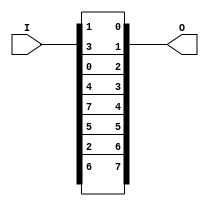
//Design of Digital Systems Mini Project
//S1 Team 18 - Small Scale DES Algorithm Hardware Implementation
/* Team Members:
	221CS112, Arjun Ravisankar
	221CS140, Prayag Ganesh Prabhu
	221CS154, Singaraju B V Sreedakshinya */

//DES Functions

module initial_permutation(I, O); //Initial Permutation
	input [0:7] I; //Input text (Plaintext to be encrypted / Ciphertext to be decrypted)
	output [0:7] O; //Initial permuted text
	
	assign O[0] = I[1];
	assign O[1] = I[5];
	assign O[2] = I[2];
	assign O[3] = I[0];
	assign O[4] = I[3];
	assign O[5] = I[7];
	assign O[6] = I[4];
	assign O[7] = I[6];
endmodule

module inverse_initial_permutation(I, O); //Reversal of the initial permutation (which was performed on the Plaintext to be encrypted / Ciphertext to be decrypted)
	input [0:7] I; //Outputs of 2nd L-R XOR and right half output of Swap function 
	output [0:7] O; //Encrypted Plaintext or Decrypted Ciphertext
	
	assign O[0] = I[3];
	assign O[1] = I[0];
	assign O[2] = I[2];
	assign O[3] = I[4];
	assign O[4] = I[6];
	assign O[5] = I[1];
	assign O[6] = I[7];
	assign O[7] = I[5];
endmodule

module transposition_P_box(I, O); //Transposition (permutation) of 4-bit data
	input [0:3] I; //4-bit intermediate input
	output [0:3] O; //4-bit output
	
	assign O[0] = I[1];
	assign O[1] = I[3];
	assign O[2] = I[2];
	assign O[3] = I[0];
endmodule

module four_bit_swap(I1, I2, O1, O2); //Module for swapping the left and right halves
	input [0:3] I1; //Input left half
	input [0:3] I2; //Input right half
	output [0:3] O1; //Output left half
	output [0:3] O2; //Output right half
	
	assign O1 = I2;
	assign O2 = I1;
endmodule

module four_bit_xor(I1, I2, O); //XOR operation of left half of result of Initial Permutation and result of P-box 
	input [0:3] I1; //Left half of result of Initial Permutation of 8-bit text of that round
	input [0:3] I2; //Right half of result of Initial Permutation of 8-bit text of that round
	output[0:3] O; //4-bit output

	assign O[0] = I1[0]^I2[0];
	assign O[1] = I1[1]^I2[1];
	assign O[2] = I1[2]^I2[2];
	assign O[3] = I1[3]^I2[3];
endmodule

//Key Manipulation Functions

module permutation_P10(I, O); //Initial Permutation of the 10-bit key entered
	input [0:9] I; //Given 10-bit key
	output [0:9] O; //10-bit result of key-permutation

	assign O[0] = I[2];
	assign O[1] = I[4];
	assign O[2] = I[1];
	assign O[3] = I[6];
	assign O[4] = I[3];
	assign O[5] = I[9];
	assign O[6] = I[0];
	assign O[7] = I[8];
	assign O[8] = I[7];
	assign O[9] = I[5];
endmodule

module permutation_P8(I, O); //Selecting 8 bits from 10-bit data and permuting the bits
	input [0:9] I; //10-bit intermediate data
	output [0:7] O; //8-bit intermediate output 
	
	assign O[0] = I[5];
	assign O[1] = I[2];
	assign O[2] = I[6];
	assign O[3] = I[3];
	assign O[4] = I[7];
	assign O[5] = I[4];
	assign O[6] = I[9];
	assign O[7] = I[8];
endmodule

module divide10(I, O1, O2); //Dividing 10 bit data into 2 halves
	input[0:9] I; //10-bit intermediate input
	output [0:4] O1; //5-bit left half
	output [0:4] O2; //5-bit right half
	
	assign O1[0] = I[0];
	assign O1[1] = I[1];
	assign O1[2] = I[2];
	assign O1[3] = I[3];
	assign O1[4] = I[4];
	assign O2[0] = I[5];
	assign O2[1] = I[6];
	assign O2[2] = I[7];
	assign O2[3] = I[8];
	assign O2[4] = I[9];
endmodule
	
module combine10(I1, I2, O); //Module for combining 2 5-bit intermediate inputs into 10-bit text 
	input[0:4] I1; //5-bit left intermediate input
	input [0:4] I2; //5-bit intermediate right input
	output [0:9] O; //10-bit intermediate output text
	
	assign O[0] = I1[0];
	assign O[1] = I1[1];
	assign O[2] = I1[2];
	assign O[3] = I1[3];
	assign O[4] = I1[4];
	assign O[5] = I2[0];
	assign O[6] = I2[1];
	assign O[7] = I2[2];
	assign O[8] = I2[3];
	assign O[9] = I2[4];
endmodule

module divide8(I, O1, O2); //Module for splitting 8 bit data into 2 halves of 4 bits each
	input[0:7] I; //8 bit input which is to be divided into left half and right half
	output [0:3] O1; //4 bit left half
	output [0:3] O2; // 4 bit right half
	
	assign O1[0] = I[0];
	assign O1[1] = I[1];
	assign O1[2] = I[2];
	assign O1[3] = I[3];
	assign O2[0] = I[4];
	assign O2[1] = I[5];
	assign O2[2] = I[6];
	assign O2[3] = I[7];
endmodule
	
module combine8(I1, I2, O);
	input[0:3] I1;
	input [0:3] I2;
	output [0:7] O;
	
	assign O[0] = I1[0];
	assign O[1] = I1[1];
	assign O[2] = I1[2];
	assign O[3] = I1[3];
	assign O[4] = I2[0];
	assign O[5] = I2[1];
	assign O[6] = I2[2];
	assign O[7] = I2[3];
endmodule

module combine4(I1, I2, O); //Combining two 2-bit intermediate inputs into 4-bit data
	input[0:1] I1; //2-bit left half
	input [0:1] I2; //2-bit right half
	output [0:3] O; //4-bit output
	
	assign O[0] = I1[0];
	assign O[1] = I1[1];
	assign O[2] = I2[0];
	assign O[3] = I2[1];
endmodule

module left_shift_1(I1, I2, O1, O2); //Module for 1-bit circular shift of each half
	input[0:4] I1; //4-bit input 1 (left half of previous step) 
	input [0:4] I2; //4-bit input 2 (right half of previous step)
	output [0:4] O1; //4-bit output 1 (left half)
	output [0:4] O2; //4-bit output 2 (right half)
	
	assign O1[0] = I1[1]; 
	assign O1[1] = I1[2];
	assign O1[2] = I1[3];
	assign O1[3] = I1[4];
	assign O1[4] = I1[0];
	assign O2[0] = I2[1];
	assign O2[1] = I2[2];
	assign O2[2] = I2[3];
	assign O2[3] = I2[4];
	assign O2[4] = I2[0];
endmodule
	
module left_shift_2(I1, I2, O1, O2); //Module for 2-bit circular shift of each half
	input[0:4] I1; //4-bit input 1 (left half of previous step)
	input [0:4] I2; //4-bit input 2 (right half of previous step)
	output [0:4] O1; //4-bit output 1 (left half)
	output [0:4] O2; //4-bit output 2 (right half)
	
	assign O1[0] = I1[2];
	assign O1[1] = I1[3];
	assign O1[2] = I1[4];
	assign O1[3] = I1[0];
	assign O1[4] = I1[1];
	assign O2[0] = I2[2];
	assign O2[1] = I2[3];
	assign O2[2] = I2[4];
	assign O2[3] = I2[0];
	assign O2[4] = I2[1];
endmodule

module expansion(ip,e); //Module for expanding 4-bit data into 8-bit output by repeating the bits and permuting them
	input [4:7]ip; //4-bit intermediate data
	output [0:7]e; //8-bit expanded data

	assign e[0]=ip[7];
	assign e[1]=ip[4];
	assign e[2]=ip[5];
	assign e[3]=ip[6];
	assign e[4]=ip[5];
	assign e[5]=ip[6];
	assign e[6]=ip[7];
	assign e[7]=ip[4];
endmodule

module eight_bit_xor(e,key,ex); //XOR operation of 8-bit intermediate text with 8-bit key (generated by key circuit)
	input [0:7]e; //8-bit text
	input [0:7]key; //8-bit key
	output [0:7]ex; //8-bit output

	xor (ex[0],e[0],key[0]);
	xor (ex[1],e[1],key[1]);
	xor (ex[2],e[2],key[2]);
	xor (ex[3],e[3],key[3]);
	xor (ex[4],e[4],key[4]);
	xor (ex[5],e[5],key[5]);
	xor (ex[6],e[6],key[6]);
	xor (ex[7],e[7],key[7]);
endmodule

module S_box_1(ex,s1); //Substitution box 1 for left half of output of data-key-xor-operation
	input [0:3]ex; //4-bit left half input
	output [0:1]s1; //2-bit output 
	wire w1,w2; //temporary variables for the k-map implementation
	
	xor(w1,ex[2],ex[3]);
	xor(w2,ex[1],ex[3]);
	assign s1[0]= ( !ex[0] && !ex[1] && ex[3]) || ( !ex[0] && ex[1] && !ex[2] && !ex[3] ) || ( ex[0] && w1 ) || ( ex[1] && ex[2] && !ex[3] ) || ( ex[0] && ex[1]  && ( ex[2] || ex[3]));
	assign s1[1]= ( !ex[2] && (ex[3] || !ex[0] || ex[1] )) || (ex[0] && w2 );
endmodule

module S_box_2(ex,s2); //Substitution box 2 for right half of output of data-key-xor-operation
	input [0:3]ex; //4-bit right half input
	output [0:1]s2; //2-bit output 
	wire w3,w4; //temporary variables for the k-map implementation

	xnor (w3,ex[1],ex[2]);
	xnor (w4,ex[2],ex[3]);
	assign s2[0]= (ex[0] && !ex[1] && !ex[2]) || (!ex[0] && ex[1] && ex[2]) || ( ex[3] && w3 ) || ( !ex[0] && ex[1] && !ex[3]);
	assign s2[1]= ( !ex[0] && ex[2] && !ex[3] ) || ( !ex[0] && ex[1] && ex[3] ) || ( ex[0] && w4 );
endmodule

module key_generator(key, key1, key2);
	input [0:9] key;
	wire [0:9] initial_key_permute;
	wire [0:4] key_left;
	wire [0:4] key_right;
	wire [0:4] shifted_left;
	wire [0:4] shifted_right;
	wire [0:9] shifted_key1;
	output [0:7] key1;
	wire [0:4] shifted2_left;
	wire [0:4] shifted2_right;
	wire [0:9] shifted_key2;
	output [0:7] key2;

	//Generating keys 1 and 2
	permutation_P10 Pten(key, initial_key_permute);
	divide10 D10(initial_key_permute, key_left, key_right);
	left_shift_1 LS1(key_left, key_right, shifted_left, shifted_right);
	combine10 C10(shifted_left, shifted_right, shifted_key1);
	permutation_P8 PP8(shifted_key1, key1);
	left_shift_2 LS2(shifted_left, shifted_right, shifted2_left, shifted2_right);
	combine10 C10_(shifted2_left, shifted2_right, shifted_key2);
	permutation_P8 PP8_(shifted_key2, key2);
endmodule	

module round(left_half, right_half, key, new_left_half, new_right_half);
	wire [0:7] initial_permute;
	input [0:3] left_half;
	input [0:3] right_half;
	wire [0:7] expanded_permute;
	input [0:7] key;
	wire [0:7] after_xor;
	wire [0:3] left_xor;
	wire [0:3] right_xor;
	wire [0:1] comp1xor;
	wire [0:1] comp2xor;
	wire [0:3] compxor;
	wire [0:3] transxor;
	output [0:3] new_right_half;
	output [0:3] new_left_half;
	
	//Round
	expansion EP(right_half, expanded_permute);
	eight_bit_xor EBX(expanded_permute, key, after_xor);
	divide8 D8_(after_xor, left_xor, right_xor);
	S_box_1 S1(left_xor, comp1xor);
	S_box_2 S2(right_xor, comp2xor);
	combine4 C4(comp1xor, comp2xor, compxor);
	transposition_P_box TPB(compxor, transxor);
	four_bit_xor FBX(left_half, transxor, new_left_half);
	assign new_right_half = right_half;
endmodule

module crypt(plaintext, key, mode, ciphertext);
	input [0:7] plaintext;
	input [0:9] key;
	input mode;
	output [0:7] ciphertext;
	wire [0:7] initial_permute;
	wire [0:3] left_half;
	wire [0:3] right_half;
	wire [0:7] key1;
	wire [0:7] key2;
	reg [0:7] K1;
	reg [0:7] K2;
	wire [0:3] new_right_half;
	wire [0:3] new_left_half;
	wire [0:3] new_right_half1;
	wire [0:3] new_left_half1;
	wire [0:3] new_new_right_half;
	wire [0:3] new_new_left_half;
	wire [0:7] last_step;
	

	//Generating keys 1 and 2
	key_generator K(key, key1, key2);

	//Operations on plaintext
	initial_permutation IP(plaintext, initial_permute);
	divide8 D8(initial_permute, left_half, right_half);
	
	//Mode 0 - encryption, 1 - decryption
	//For decryption, order of the subkeys used for rounds 1 and 2 must be reversed (the order is unchanged during encryption)
	//This is carried out in the following procedural block
	always @*
	begin
		if(mode==1'b0)
		begin
			K1 = key1;
			K2 = key2;
		end
		else
		begin
			K1 = key2;
			K2 = key1;
		end
	end


	//Round1
	round R1(left_half, right_half, K1, new_left_half, new_right_half);
	four_bit_swap FBS(new_left_half, new_right_half, new_left_half1, new_right_half1);
	//Round2
	round R2(new_left_half1, new_right_half1, K2, new_new_left_half, new_new_right_half);

	combine8 C8__(new_new_left_half, new_new_right_half, last_step);
	inverse_initial_permutation IIP(last_step, ciphertext);
endmodule